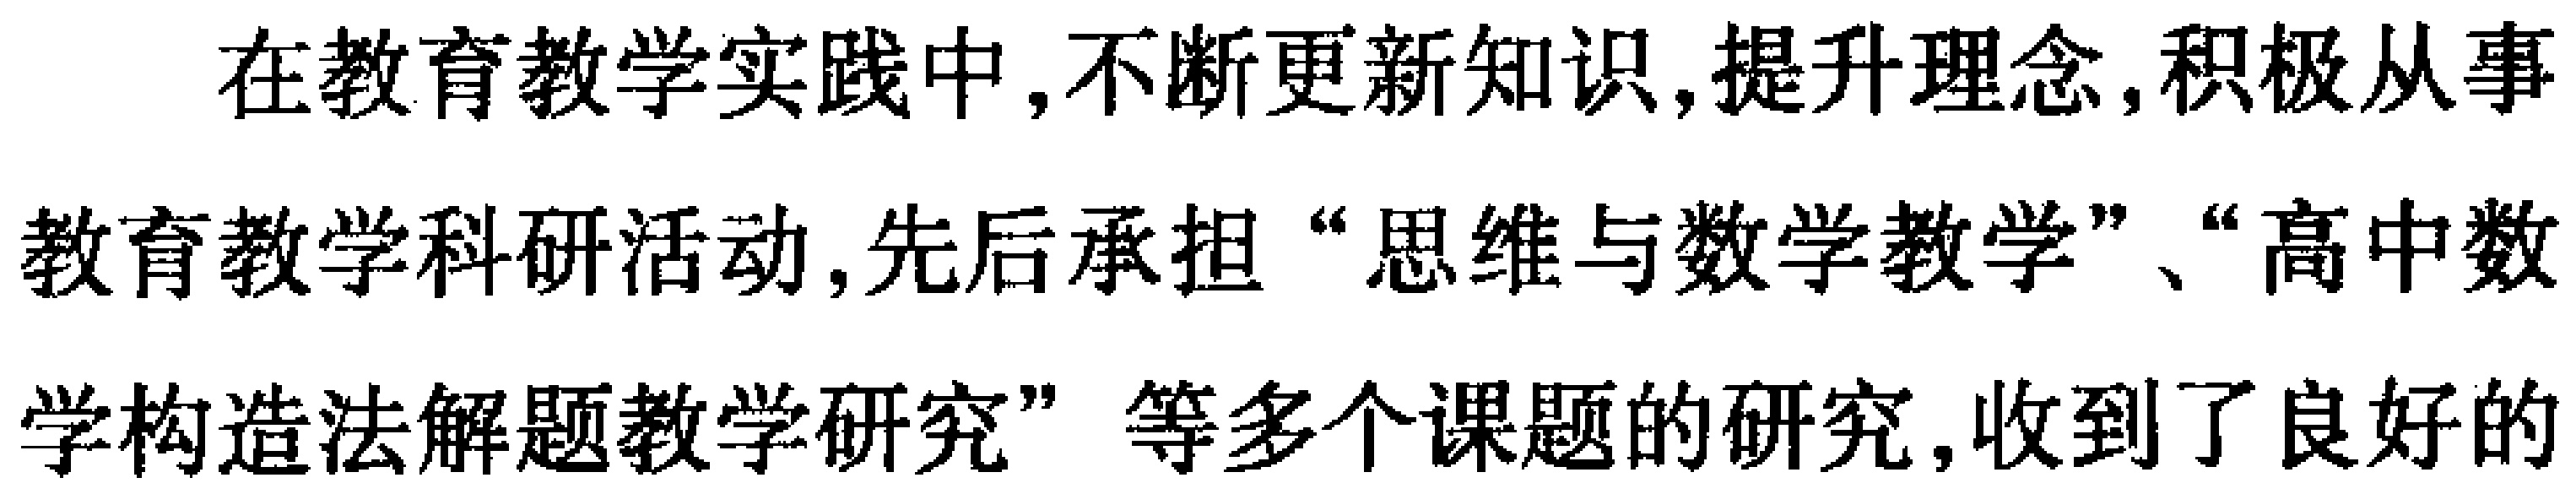
在教育教学实践中,不断更新知识,提升理念,积极从事

教育教学科研活动,先后承担“思维与数学教学”、“高中数

学构造法解题教学研究”等多个课题的研究,收到了良好的